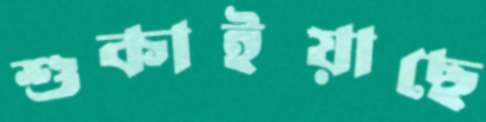
শুকাইয়াছে